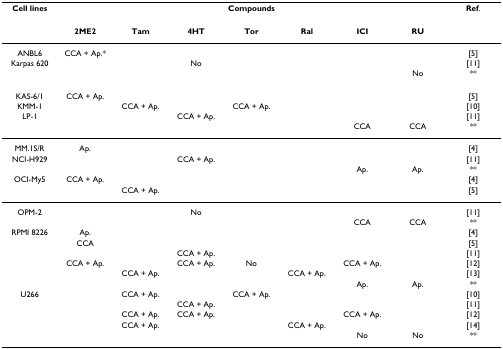
<table><thead><tr><td><b>Cell lines</b></td><td colspan="7"><b>Compounds</b></td><td><b>Ref.</b></td></tr></thead><tbody><tr><td></td><td><b>2ME2</b></td><td><b>Tam</b></td><td><b>4HT</b></td><td><b>Tor</b></td><td><b>Ral</b></td><td><b>ICI</b></td><td><b>RU</b></td><td></td></tr><tr><td>ANBL6</td><td>CCA + Ap.*</td><td></td><td></td><td></td><td></td><td></td><td></td><td>[5]</td></tr><tr><td>Karpas 620</td><td></td><td></td><td>No</td><td></td><td></td><td></td><td></td><td>[11]</td></tr><tr><td></td><td></td><td></td><td></td><td></td><td></td><td></td><td>No</td><td>**</td></tr><tr><td>KAS-6/1</td><td>CCA + Ap.</td><td></td><td></td><td></td><td></td><td></td><td></td><td>[5]</td></tr><tr><td>KMM-1</td><td></td><td>CCA + Ap.</td><td></td><td>CCA + Ap.</td><td></td><td></td><td></td><td>[10]</td></tr><tr><td>LP-1</td><td></td><td></td><td>CCA + Ap.</td><td></td><td></td><td></td><td></td><td>[11]</td></tr><tr><td></td><td></td><td></td><td></td><td></td><td></td><td>CCA</td><td>CCA</td><td>**</td></tr><tr><td>MM.1S/R</td><td>Ap.</td><td></td><td></td><td></td><td></td><td></td><td></td><td>[4]</td></tr><tr><td>NCI-H929</td><td></td><td></td><td>CCA + Ap.</td><td></td><td></td><td></td><td></td><td>[11]</td></tr><tr><td></td><td></td><td></td><td></td><td></td><td></td><td>Ap.</td><td>Ap.</td><td>**</td></tr><tr><td>OCI-My5</td><td>CCA + Ap.</td><td></td><td></td><td></td><td></td><td></td><td></td><td>[4]</td></tr><tr><td></td><td></td><td>CCA + Ap.</td><td></td><td></td><td></td><td></td><td></td><td>[5]</td></tr><tr><td>OPM-2</td><td></td><td></td><td>No</td><td></td><td></td><td></td><td></td><td>[11]</td></tr><tr><td></td><td></td><td></td><td></td><td></td><td></td><td>CCA</td><td>CCA</td><td>**</td></tr><tr><td>RPMI 8226</td><td>Ap.</td><td></td><td></td><td></td><td></td><td></td><td></td><td>[4]</td></tr><tr><td></td><td>CCA</td><td></td><td></td><td></td><td></td><td></td><td></td><td>[5]</td></tr><tr><td></td><td></td><td></td><td>CCA + Ap.</td><td></td><td></td><td></td><td></td><td>[11]</td></tr><tr><td></td><td>CCA + Ap.</td><td></td><td>CCA + Ap.</td><td>No</td><td></td><td>CCA + Ap.</td><td></td><td>[12]</td></tr><tr><td></td><td></td><td>CCA + Ap.</td><td></td><td></td><td>CCA + Ap.</td><td></td><td></td><td>[13]</td></tr><tr><td></td><td></td><td></td><td></td><td></td><td></td><td>Ap.</td><td>Ap.</td><td>**</td></tr><tr><td>U266</td><td></td><td>CCA + Ap.</td><td></td><td>CCA + Ap.</td><td></td><td></td><td></td><td>[10]</td></tr><tr><td></td><td></td><td></td><td>CCA + Ap.</td><td></td><td></td><td></td><td></td><td>[11]</td></tr><tr><td></td><td></td><td>CCA + Ap.</td><td>CCA + Ap.</td><td></td><td></td><td>CCA + Ap.</td><td></td><td>[12]</td></tr><tr><td></td><td></td><td>CCA + Ap.</td><td></td><td></td><td>CCA + Ap.</td><td></td><td></td><td>[14]</td></tr><tr><td></td><td></td><td></td><td></td><td></td><td></td><td>No</td><td>No</td><td>**</td></tr></tbody></table>